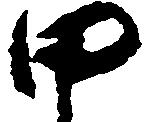
甲